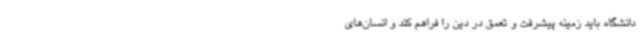
دانشگاه باید زمینه پیشرفت و تعمق در دین را فراهم ‌کند و انسان‌های